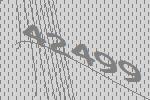
42499